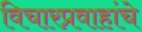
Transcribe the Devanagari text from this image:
विचारप्रवाहांचे